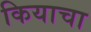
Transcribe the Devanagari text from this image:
कियाचा